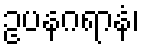
ဥပနဂရာနံ၊